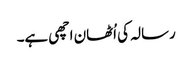
رسالہ کی اُٹھان اچھی ہے۔